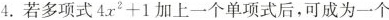
4.若多项式4x^2+1加上一个单项式后，可成为一个